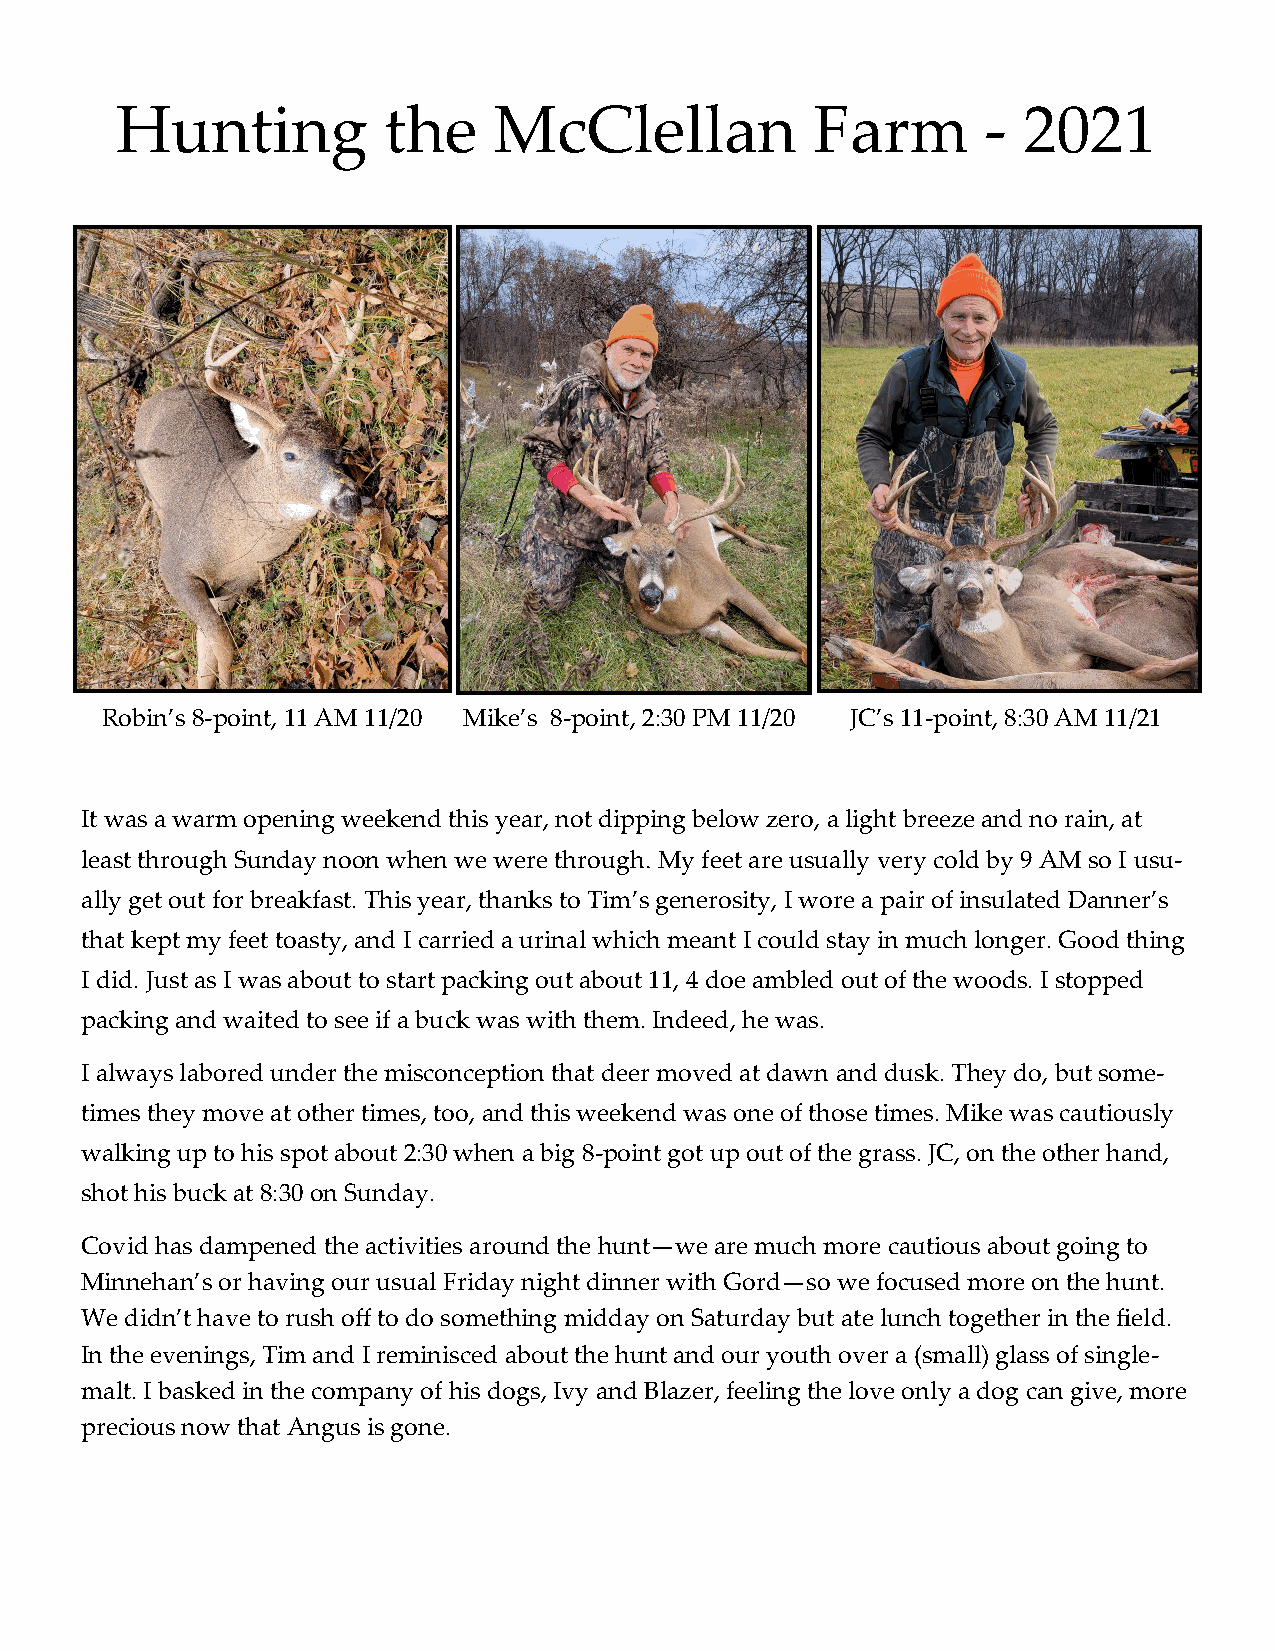
Hunting          the     McClellan            Farm       -  2021
 Robin’s 8-point, 11 AM 11/20 Mike’s 8-point, 2:30 PM 11/20 JC’s 11-point, 8:30 AM 11/21
 It was a warm opening weekend this year, not dipping below zero, a light breeze and no rain, at
 least through Sunday noon when we were through. My feet are usually very cold by 9 AM so I usu-
 ally get out for breakfast. This year, thanks to Tim’s generosity, I wore a pair of insulated Danner’s
 that kept my feet toasty, and I carried a urinal which meant I could stay in much longer. Good thing
 I did. Just as I was about to start packing out about 11, 4 doe ambled out of the woods. I stopped
 packing and waited to see if a buck was with them. Indeed, he was.
 I always labored under the misconception that deer moved at dawn and dusk. They do, but some-
 times they move at other times, too, and this weekend was one of those times. Mike was cautiously
 walking up to his spot about 2:30 when a big 8-point got up out of the grass. JC, on the other hand,
 shot his buck at 8:30 on Sunday.
 Covid has dampened the activities around the hunt—we are much more cautious about going to
 Minnehan’s or having our usual Friday night dinner with Gord—so we focused more on the hunt.
 We didn’t have to rush off to do something midday on Saturday but ate lunch together in the field.
 In the evenings, Tim and I reminisced about the hunt and our youth over a (small) glass of single-
 malt. I basked in the company of his dogs, Ivy and Blazer, feeling the love only a dog can give, more
 precious now that Angus is gone.